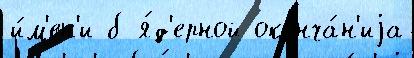
и́м'ен'и б я́д'ерной оконча́н'иjа